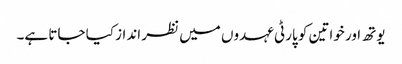
یوتھ اور خواتین کو پارٹی عہدوں میں نظر انداز کیا جاتا ہے۔